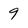
Character: 9